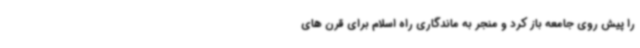
را پیش روی جامعه باز کرد و منجر به ماندگاری راه اسلام برای قرن های